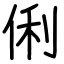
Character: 俐